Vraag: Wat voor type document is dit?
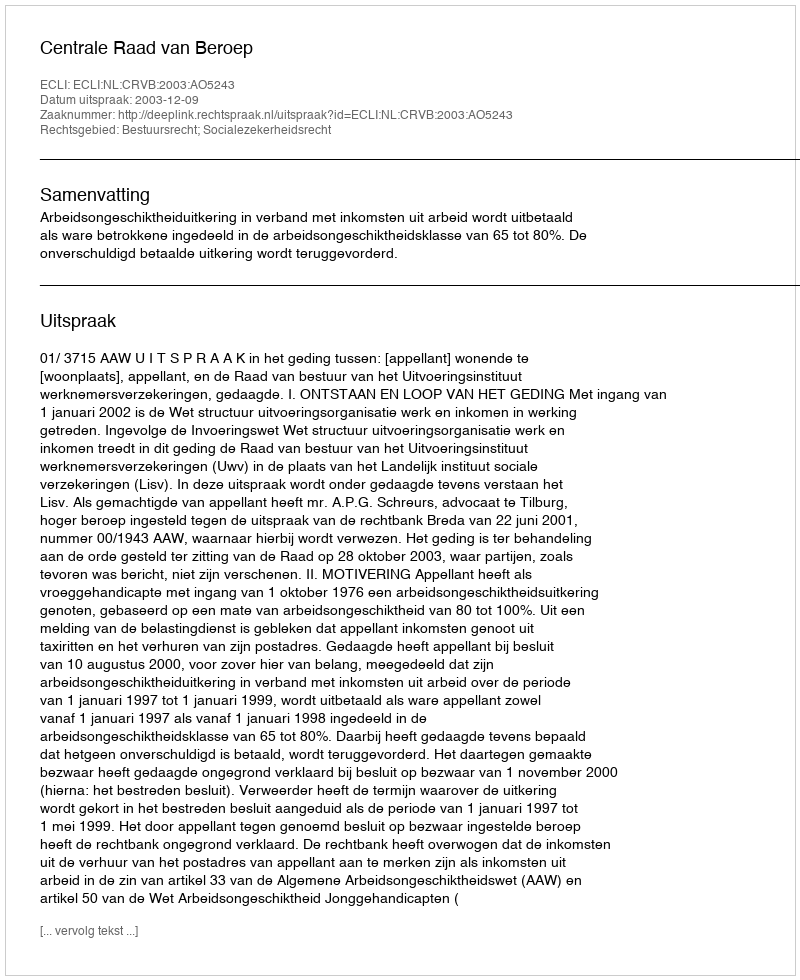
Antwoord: Uitspraak